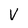
Character: v